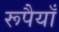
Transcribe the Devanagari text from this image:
रूपैयाँ